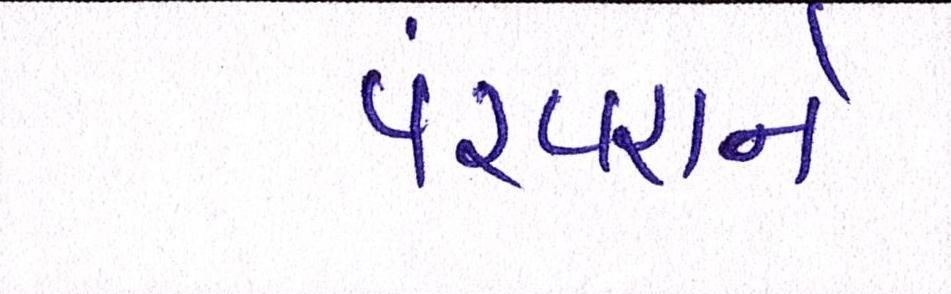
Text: પરંપરાને